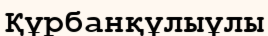
Құрбанқұлыұлы